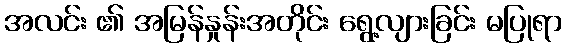
အလင်း ၏ အမြန်နှုန်းအတိုင်း ရွေ့လျားခြင်း မပြုရာ